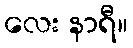
လေး နာရီ။